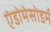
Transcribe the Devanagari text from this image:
एंडोमेसोडर्म